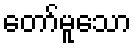
တော်မူသော